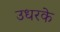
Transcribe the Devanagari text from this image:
उधरके